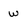
Character: W